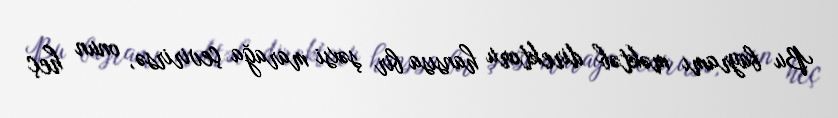
Bu bayramı məktəb direktoru hansısa bir şəxsi marağa çevirirsə, onun heç